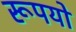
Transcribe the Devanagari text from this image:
रूपयो